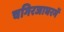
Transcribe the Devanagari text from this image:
चगिरजाघरमें